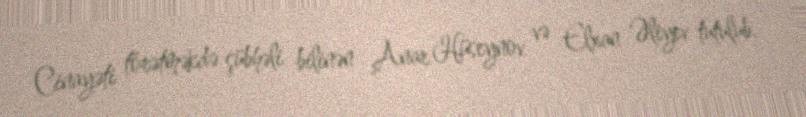
Cinayəti törətməkdə şübhəli bilinən Anar Hüseynov və Elxan Əliyev tutulub.